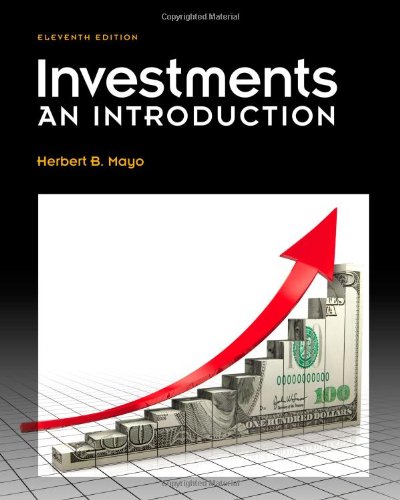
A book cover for Investments: An Introduction (with Thomson ONE - Business School Edition 6-Month Printed Access Card and Stock-Trak Coupon); Herbert B. Mayo; Business & Money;